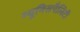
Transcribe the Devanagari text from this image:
म्यूनिसपैलिटी